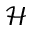
\mathcal { H }